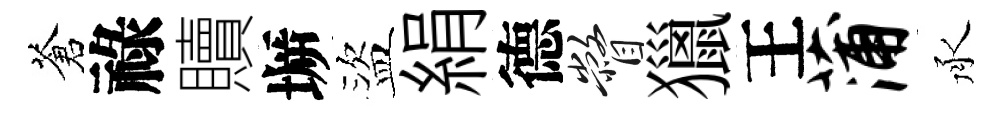
蒼祿贖󶱲盜絹德瞥獵王蒲承